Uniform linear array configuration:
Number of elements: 24
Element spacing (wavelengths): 0.5
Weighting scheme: binomial
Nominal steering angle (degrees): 15
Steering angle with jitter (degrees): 13.891
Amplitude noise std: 0.05
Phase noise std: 0.05

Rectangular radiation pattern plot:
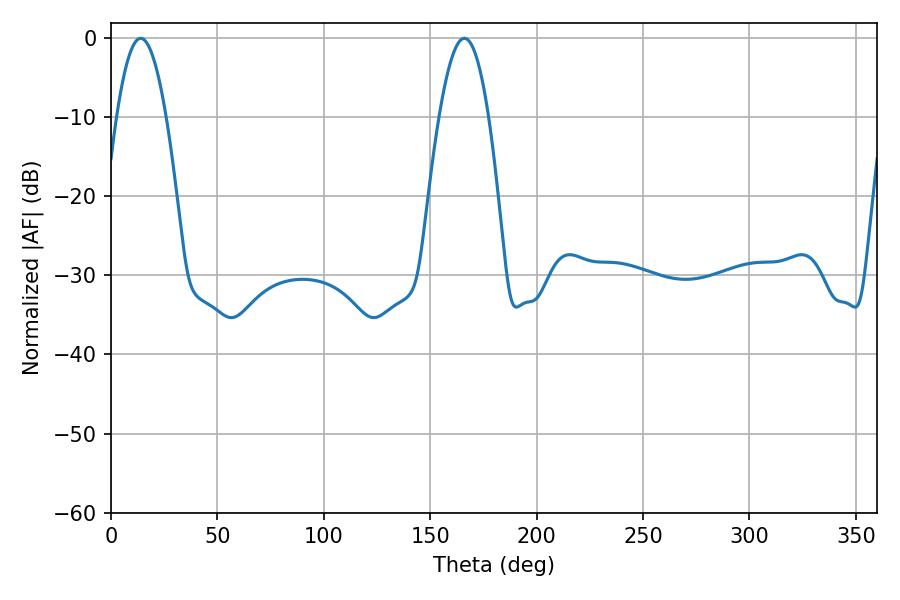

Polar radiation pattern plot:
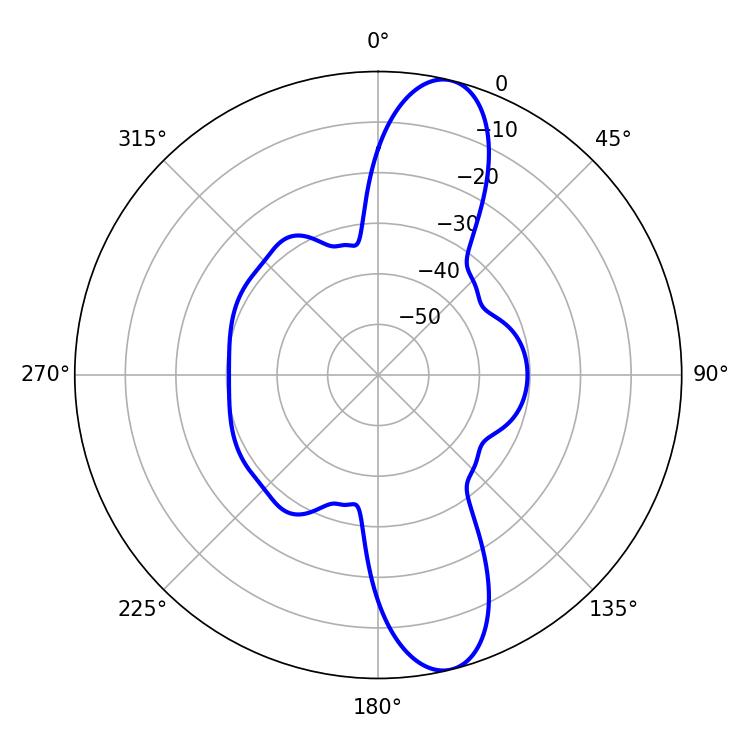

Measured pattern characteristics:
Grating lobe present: FALSE
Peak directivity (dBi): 12.417
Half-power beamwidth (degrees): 12.6
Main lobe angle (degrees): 14.04